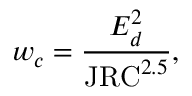
w _ { c } = \frac { E _ { d } ^ { 2 } } { \mathrm { J R C } ^ { 2 . 5 } } ,